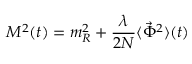
{ \cal M } ^ { 2 } ( t ) = m _ { R } ^ { 2 } + { \frac { \lambda } { 2 N } } \langle { \vec { \Phi } } ^ { 2 } \rangle ( t )